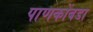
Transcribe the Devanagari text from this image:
पाणकोंबडा